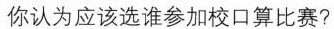
你认为应该选谁参加校口算比赛?